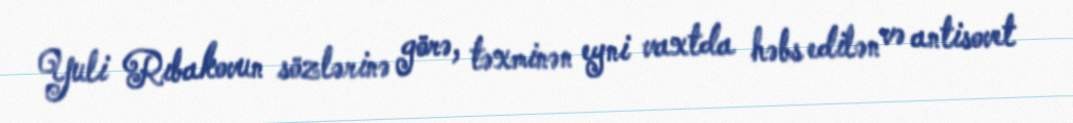
Yuli Rıbakovun sözlərinə görə, təxminən eyni vaxtda həbs edilən və antisovet